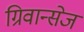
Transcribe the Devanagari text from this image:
ग्रिवान्सेज